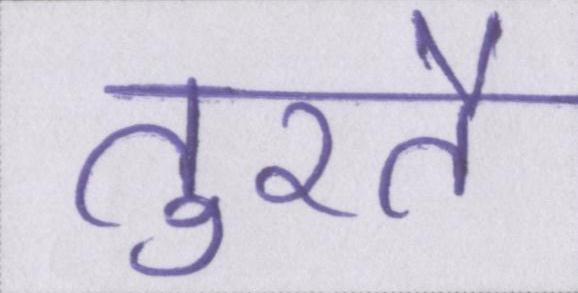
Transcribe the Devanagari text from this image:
तुरतै